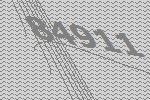
84911